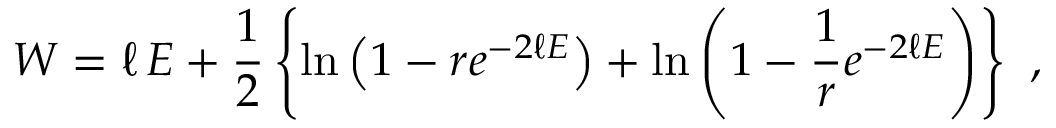
W = \ell \, E + \frac { 1 } { 2 } \left\{ \ln \left( 1 - r e ^ { - 2 \ell E } \right) + \ln \left( 1 - \frac { 1 } { r } e ^ { - 2 \ell E } \right) \right\} \ ,